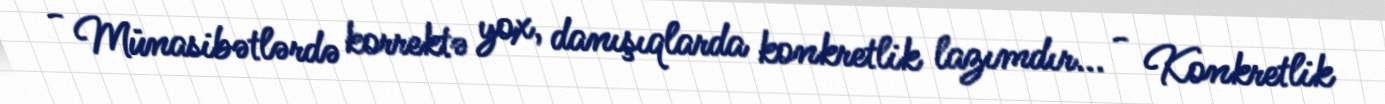
- Münasibətlərdə korrektə yox, danışıqlarda konkretlik lazımdır... - Konkretlik